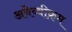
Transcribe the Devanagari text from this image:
अबेय्वीक्रम